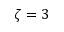
\zeta = 3